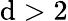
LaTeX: \mathrm{d}>2